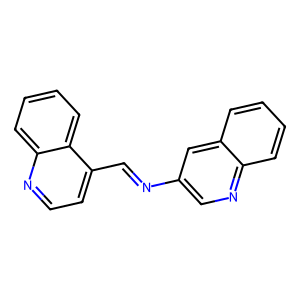
SMILES: C(=Nc1cnc2ccccc2c1)c1ccnc2ccccc12
Inhibits HIV replication: No